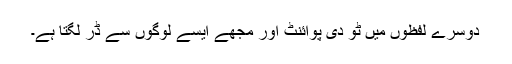
دوسرے لفظوں میں ٹو دی پوائنٹ اور مجھے ایسے لوگوں سے ڈر لگتا ہے۔